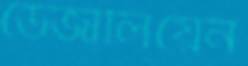
ডেজালিয়েন